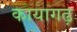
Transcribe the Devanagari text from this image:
कायागढ़